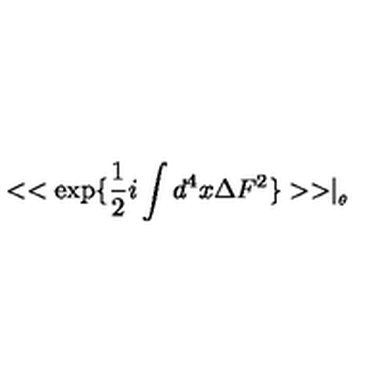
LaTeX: < < \exp \{ \frac { 1 } { 2 } i \int d ^ { 4 } x \Delta F ^ { 2 } \} > > \mid _ { _ { \theta } }